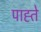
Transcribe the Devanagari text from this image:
पाह्ते